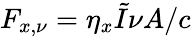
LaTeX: F_{x,\nu}=\eta_{x}\tilde{I}{\nu}A/c